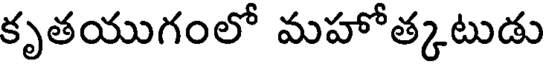
కృతయుగంలో మహోత్కటుడు